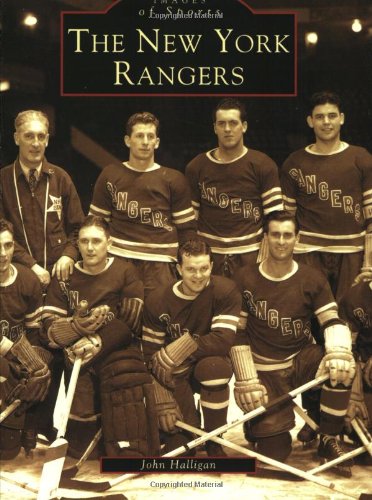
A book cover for New York Rangers, The  (NY)   (Images of Sports); John Halligan; Sports & Outdoors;